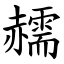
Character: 䞕